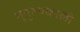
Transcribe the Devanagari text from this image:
भूतुल्यकाली